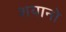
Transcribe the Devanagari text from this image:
शयानो